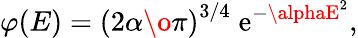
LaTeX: \varphi(E)=\left({{2\alpha}\o{\pi}}\right)^{3/4}\; \mathrm{e}^{-\alphaE^{2}},